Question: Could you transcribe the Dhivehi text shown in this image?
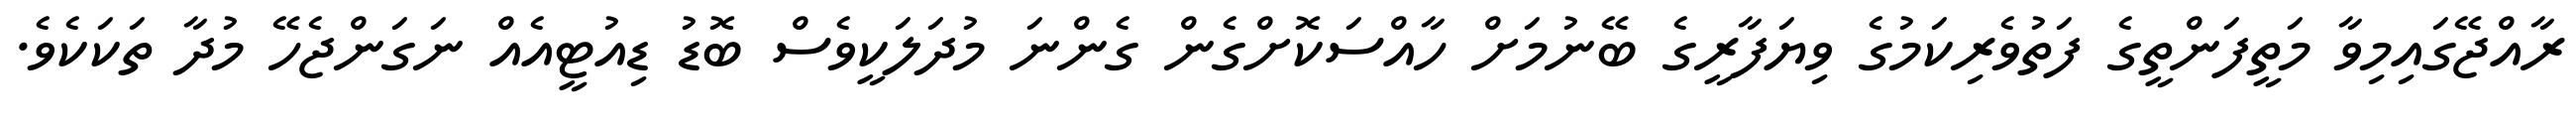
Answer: ރާއްޖޭގައިމިވާ މަތީފަންތީގެ ފަތުވެރިކަމުގެ ވިޔަފާރީގެ ބޭނުމަށް ހާއްސަކޮށްގެން ގެންނަ މުދަލަކީވެސް ބޮޑު ޑިއުޓީއެއް ނަގަންޖެހޭ މުދާ ތަކަކެވެ.